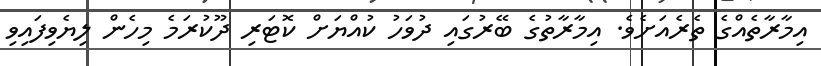
އިމާރާތެއްގެ ތެރެއަށެވެ. އިމާރާތުގެ ބޭރުގައި ދުވަހު ކުއްޔަށް ކޮޓަރި ދޫކުރަމެ މިހެން ލިޔެވިފައިވި